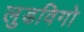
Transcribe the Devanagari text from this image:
लुडविगो